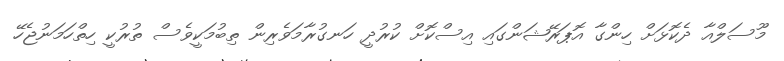
މޫސަލްއާ ދެކޮޅަށް ހިންގާ އޮޕަރޭޝަންގައި އިސްކޮށް ކުރުދީ ހަނގުރާމަވެރިން ތިބުމަކީވެސް ތުރުކީ ހިތްހަމަނުޖެހޭ